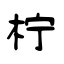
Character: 柠